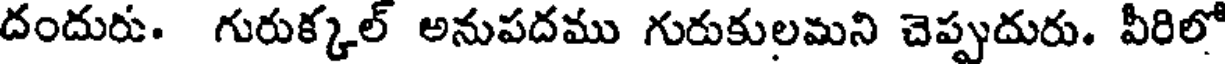
దందురు. గురుక్కల్ అనుపదము గురుకులమని చెప్పుదురు. వీరిలో